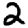
Digit: 2